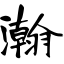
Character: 瀚